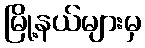
မြို့နယ်များမှ